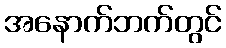
အနောက်ဘက်တွင်